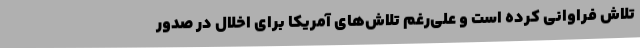
تلاش فراوانی کرده است و علی‌رغم تلاش‌های آمریکا برای اخلال در صدور